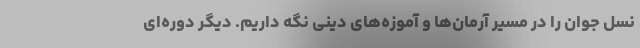
نسل جوان را در مسیر آرمان‌ها و آموزه‌های دینی نگه داریم. دیگر دوره‌ای